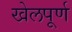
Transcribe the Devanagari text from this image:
खेलपूर्ण